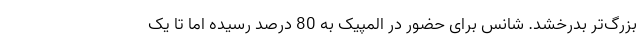
بزرگ‌تر بدرخشد. شانس برای حضور در المپیک به 80 درصد رسیده اما تا یک